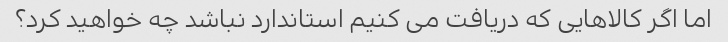
اما اگر کالاهایی که دریافت می کنیم استاندارد نباشد چه خواهید کرد؟